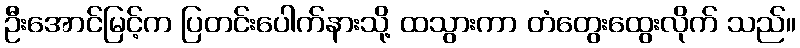
ဦးအောင်မြင့်က ပြတင်းပေါက်နားသို့ ထသွားကာ တံတွေးထွေးလိုက် သည်။